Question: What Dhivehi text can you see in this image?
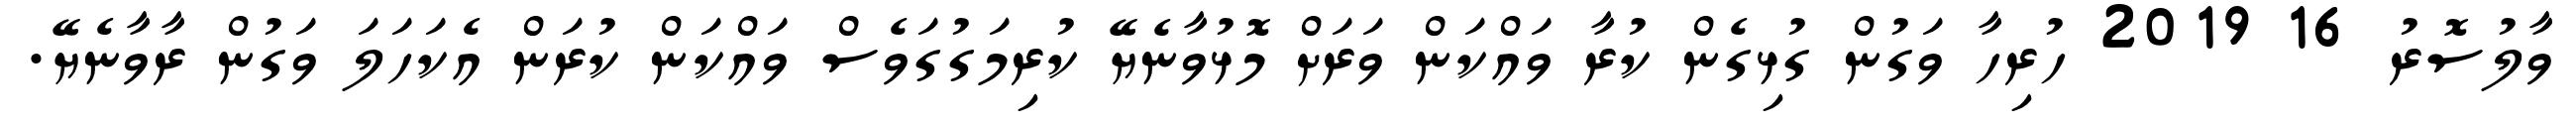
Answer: ވާލުސޮރު 16 2019 ހުރިހާ ވަގުން ގުޅިގެން ކުރާ ވައްކަން ވަރަށް މޮޅުވާނެޔޭ ކުރިމަގުގަވެސް ވައްކަން ކުރަން އެކަހަލަ ވަގުން ރާވާނެޔޭ.